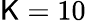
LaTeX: \mathsf{K}=10